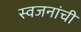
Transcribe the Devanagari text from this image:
स्वजनांची